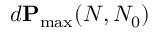
d \mathbf { P } _ { \operatorname* { m a x } } ( N , N _ { 0 } )